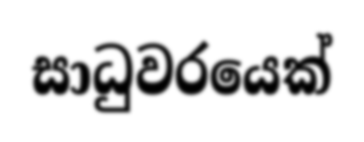
සාධුවරයෙක්